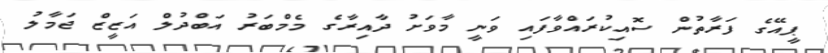
ޕީއޭގެ ފަރާތުން ސޮއިކުރައްވާފައި ވަނީ މާވަށު ދާއިރާގެ މެމްބަރު އަބްދުލް އަޒީޒް ޖަމާލު